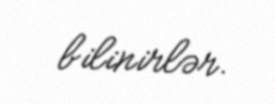
bilinirlər.